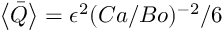
\left< \bar { Q } \right> = \epsilon ^ { 2 } ( C a / B o ) ^ { - 2 } / 6